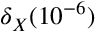
\delta _ { X } ( 1 0 ^ { - 6 } )